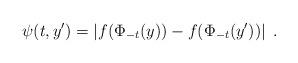
LaTeX: \begin{align*} \psi (t , y') = \left|f (\Phi_{-t} (y) ) - f (\Phi_{-t} (y') ) \right| \; . \end{align*}